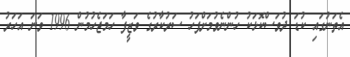
އެތަނުގައި ކުޑަ ދުވަސްކޮޅަކު ހުންނެވުމަށްފަހު ސަރުކާރުގެ ވަޒީފާ ހަމަޖެހުމުން 1996 ވަނަ އަހަރު